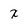
Character: x